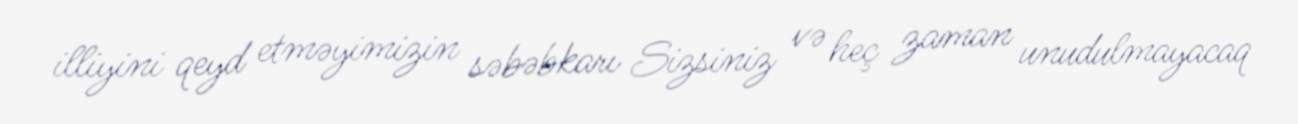
illiyini qeyd etməyimizin səbəbkarı Sizsiniz və heç zaman unudulmayacaq